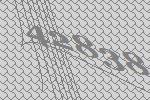
42838